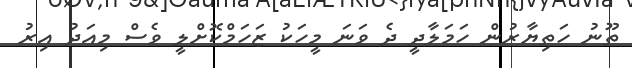
ތޫނު ހަތިޔާރުން ހަމަލާދީ ދެ ވަނަ މީހަކު ޒަހަމްކޮށްލީ ވެސް މިއަދު އިރު